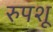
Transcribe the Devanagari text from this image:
रुपशू